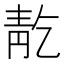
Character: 𲊕